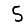
Digit: 5